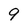
Character: 9